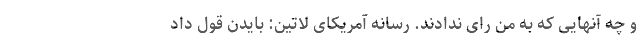
و چه آنهایی که به من رای ندادند. رسانه آمریکای لاتین: بایدن قول داد